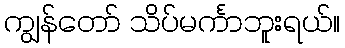
ကျွန်တော် သိပ်မင်္ကာဘူးရယ်။